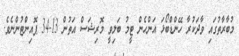
މުބާރާތުގައި ވާދަކުރާ ހޭންޑްބޯޅަ އަންހެން ޓީމު ބަލިވީ މޮރިޝަސް އަތުން 13-34 ޕޮއިންޓުންނެވެ.